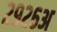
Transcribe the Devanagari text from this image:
२९२६अ